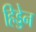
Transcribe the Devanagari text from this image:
हिड्डेन